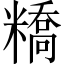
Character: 𥼱